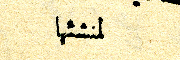
لمنشئها